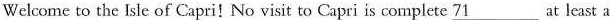
Welcome to the sle of Capri!No visit to Capri is complete \underline{71} at least a